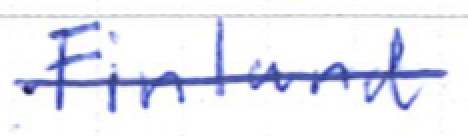
Text: Finland
Cross-out: single-line
Writing tool: ballpoint